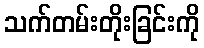
သက်တမ်းတိုးခြင်းကို